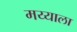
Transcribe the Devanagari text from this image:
मय्याला